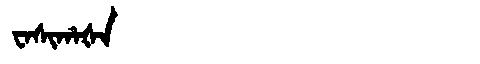
Manchu: ᠸᠠᠰᡳᡥᠠᡧᠠ
Romanization: WASIHAŠA